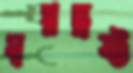
স্বপ্নভ্রষ্ট